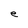
Character: e